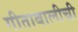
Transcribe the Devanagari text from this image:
गीताबालीची